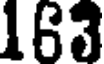
163